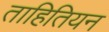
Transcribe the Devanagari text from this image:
ताहितियन